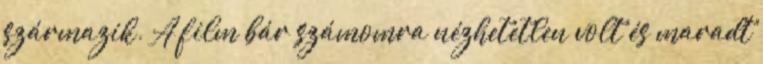
származik. A film bár számomra nézhetetlen volt és maradt